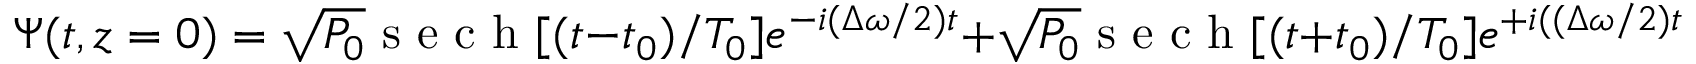
\Psi ( t , z = 0 ) = \sqrt { P _ { 0 } } \mathrm { ~ s ~ e ~ c ~ h ~ } [ ( t - t _ { 0 } ) / T _ { 0 } ] e ^ { - i ( \Delta \omega / 2 ) t } + \sqrt { P _ { 0 } } \mathrm { ~ s ~ e ~ c ~ h ~ } [ ( t + t _ { 0 } ) / T _ { 0 } ] e ^ { + i ( ( \Delta \omega / 2 ) t + \Delta \phi ) }